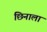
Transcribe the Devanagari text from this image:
छिनाला